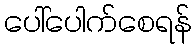
ပေါ်ပေါက်စေရန်